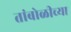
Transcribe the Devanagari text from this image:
तांबोळीच्या